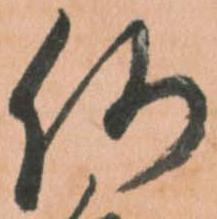
何